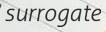
surrogate